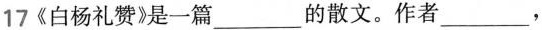
17《白杨礼赞》是一篇___的散文。作者___，